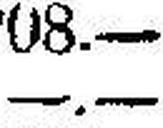
—.—